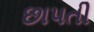
છાપતી